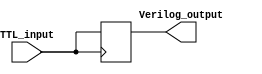
module TTL_Buffer (
    input wire TTL_input,
    output reg Verilog_output
);

always @ (posedge TTL_input)
begin
    Verilog_output <= TTL_input;
end

endmodule